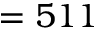
= 5 1 1